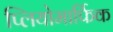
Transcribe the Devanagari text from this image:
प्लियोमार्फिक